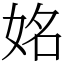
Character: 姳